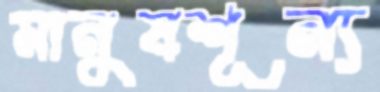
মানুষশূন্য